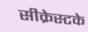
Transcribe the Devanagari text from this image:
सीक्रेस्टके